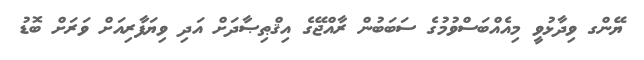
ޔޭންގ ވިދާޅުވީ މިއެއްބަސްވުމުގެ ސަބަބުން ރާއްޖޭގެ އިޤްޠިޞާދަށް އަދި ވިޔަފާރިއަށް ވަރަށް ބޮޑު